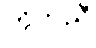
ကိုက်ညီ